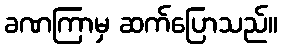
ခဏကြာမှ ဆက်ပြောသည်။